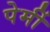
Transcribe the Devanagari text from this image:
पेर्मी